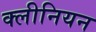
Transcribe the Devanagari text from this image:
क्लीनियन